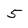
Character: 5